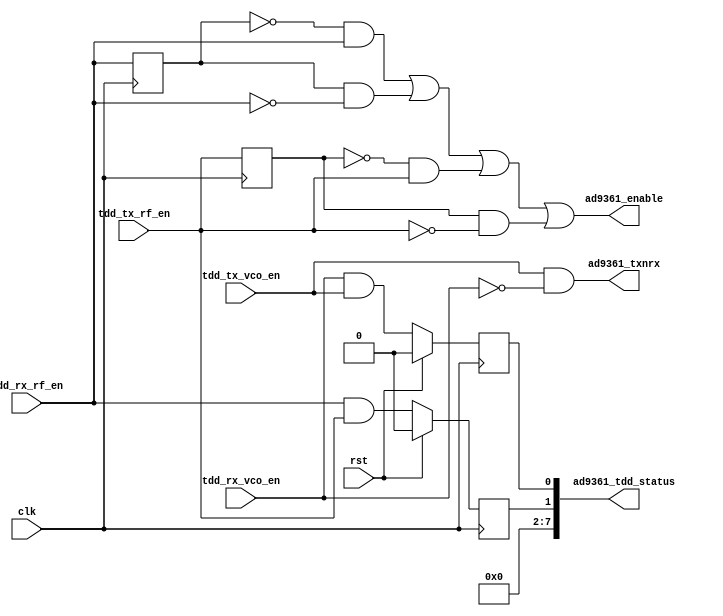
// ***************************************************************************
// ***************************************************************************
// Copyright 2015(c) Analog Devices, Inc.
//
// All rights reserved.
//
// Redistribution and use in source and binary forms, with or without modification,
// are permitted provided that the following conditions are met:
//     - Redistributions of source code must retain the above copyright
//       notice, this list of conditions and the following disclaimer.
//     - Redistributions in binary form must reproduce the above copyright
//       notice, this list of conditions and the following disclaimer in
//       the documentation and/or other materials provided with the
//       distribution.
//     - Neither the name of Analog Devices, Inc. nor the names of its
//       contributors may be used to endorse or promote products derived
//       from this software without specific prior written permission.
//     - The use of this software may or may not infringe the patent rights
//       of one or more patent holders.  This license does not release you
//       from the requirement that you obtain separate licenses from these
//       patent holders to use this software.
//     - Use of the software either in source or binary form, must be run
//       on or directly connected to an Analog Devices Inc. component.
//
// THIS SOFTWARE IS PROVIDED BY ANALOG DEVICES "AS IS" AND ANY EXPRESS OR IMPLIED WARRANTIES,
// INCLUDING, BUT NOT LIMITED TO, NON-INFRINGEMENT, MERCHANTABILITY AND FITNESS FOR A
// PARTICULAR PURPOSE ARE DISCLAIMED.
//
// IN NO EVENT SHALL ANALOG DEVICES BE LIABLE FOR ANY DIRECT, INDIRECT, INCIDENTAL, SPECIAL,
// EXEMPLARY, OR CONSEQUENTIAL DAMAGES (INCLUDING, BUT NOT LIMITED TO, INTELLECTUAL PROPERTY
// RIGHTS, PROCUREMENT OF SUBSTITUTE GOODS OR SERVICES; LOSS OF USE, DATA, OR PROFITS; OR
// BUSINESS INTERRUPTION) HOWEVER CAUSED AND ON ANY THEORY OF LIABILITY, WHETHER IN CONTRACT,
// STRICT LIABILITY, OR TORT (INCLUDING NEGLIGENCE OR OTHERWISE) ARISING IN ANY WAY OUT OF
// THE USE OF THIS SOFTWARE, EVEN IF ADVISED OF THE POSSIBILITY OF SUCH DAMAGE.
// ***************************************************************************
// ***************************************************************************
// ***************************************************************************
// ***************************************************************************

`timescale 1ns/1ps

module axi_ad9361_tdd_if(

  // clock

  clk,
  rst,

  // control signals from the tdd control

  tdd_rx_vco_en,
  tdd_tx_vco_en,
  tdd_rx_rf_en,
  tdd_tx_rf_en,

  // device interface

  ad9361_txnrx,
  ad9361_enable,

  // interface status

  ad9361_tdd_status
);

  // parameters

  parameter       LEVEL_OR_PULSE_N = 0;   // the control signals are edge (pulse) or level sensitive

  localparam      PULSE_MODE = 0;
  localparam      LEVEL_MODE = 1;

  // clock

  input           clk;
  input           rst;

  // control signals from the tdd control

  input           tdd_rx_vco_en;
  input           tdd_tx_vco_en;
  input           tdd_rx_rf_en;
  input           tdd_tx_rf_en;

  // device interface

  output          ad9361_txnrx;
  output          ad9361_enable;

  // interface status

  output  [ 7:0]  ad9361_tdd_status;


  // internal registers

  reg             tdd_rx_rf_en_d = 1'b0;
  reg             tdd_tx_rf_en_d = 1'b0;

  reg             tdd_vco_overlap = 1'b0;
  reg             tdd_rf_overlap = 1'b0;

  wire            ad9361_txnrx_s;
  wire            ad9361_enable_s;

  // just one VCO can be enabled at a time
  assign ad9361_txnrx_s = tdd_tx_vco_en & ~tdd_rx_vco_en;

  always @(posedge clk) begin
    tdd_rx_rf_en_d <= tdd_rx_rf_en;
    tdd_tx_rf_en_d <= tdd_tx_rf_en;
  end

  assign ad9361_enable_s = (LEVEL_OR_PULSE_N == PULSE_MODE) ?
                          ((~tdd_rx_rf_en_d & tdd_rx_rf_en) | (tdd_rx_rf_en_d & ~tdd_rx_rf_en) |
                           (~tdd_tx_rf_en_d & tdd_tx_rf_en) | (tdd_tx_rf_en_d & ~tdd_tx_rf_en)) :
                           (tdd_rx_rf_en | tdd_tx_rf_en);

  always @(posedge clk) begin
    if(rst == 1'b1) begin
      tdd_vco_overlap <= 1'b0;
      tdd_rf_overlap <= 1'b0;
    end else begin
      tdd_vco_overlap <= tdd_rx_vco_en & tdd_tx_vco_en;
      tdd_rf_overlap <= tdd_rx_rf_en & tdd_tx_rf_en;
    end
  end

  assign ad9361_tdd_status = {6'b0, tdd_rf_overlap, tdd_vco_overlap};

  assign ad9361_txnrx = ad9361_txnrx_s;
  assign ad9361_enable = ad9361_enable_s;

endmodule